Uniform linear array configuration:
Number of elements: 48
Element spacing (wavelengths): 0.75
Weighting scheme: hann
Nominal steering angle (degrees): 45
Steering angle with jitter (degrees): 45.985
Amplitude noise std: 0.05
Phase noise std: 0.05

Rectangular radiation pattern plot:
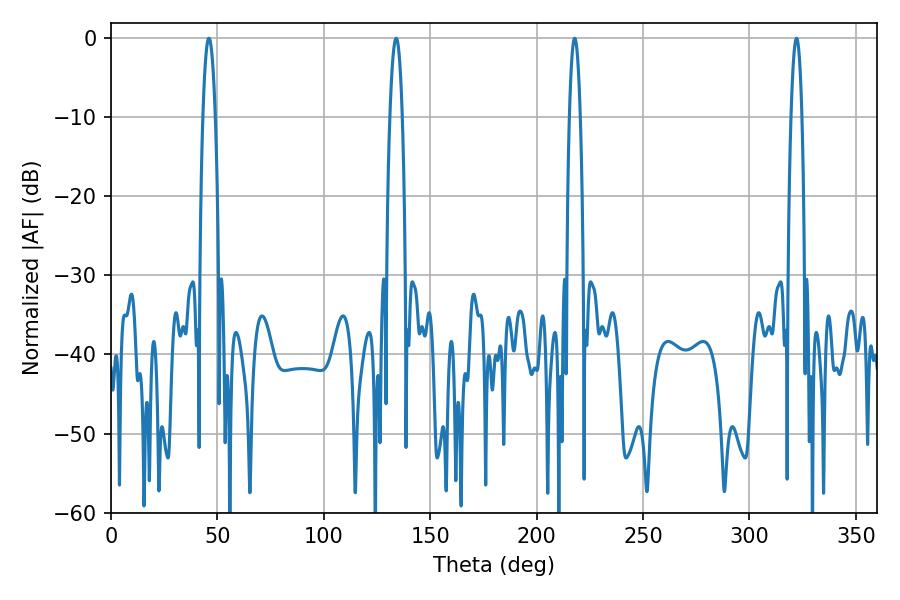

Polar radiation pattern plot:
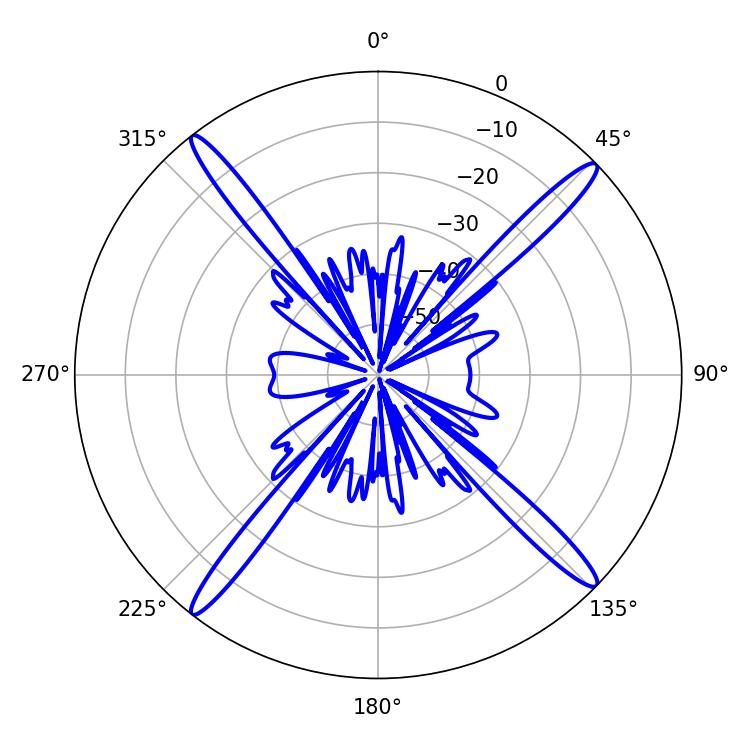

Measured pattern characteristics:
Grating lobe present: TRUE
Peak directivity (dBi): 19.603
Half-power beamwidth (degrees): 3.24
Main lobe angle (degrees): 133.92